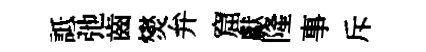
詆弛齒爕弁窟獻隆事斥